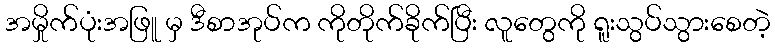
အမှိုက်ပုံးအဖြူ မှ ဒီစာအုပ်က ကိုတိုက်ခိုက်ပြီး လူတွေကို ရူးသွပ်သွားစေတဲ့